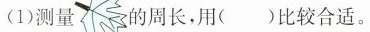
(1)测量的周长，用( )比较合适。